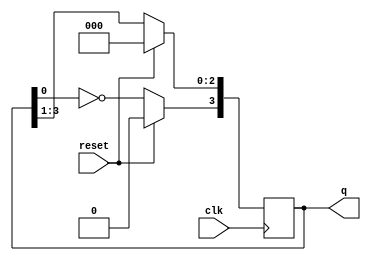
module twisted_ring(output reg[3:0]q,
			     input clk,reset);
always @(posedge clk)
begin
	if(reset)

		q<=4'b0000;
	else
	begin
		q<=q>>1;
		q[3]<=~q[0];
	end
end
endmodule